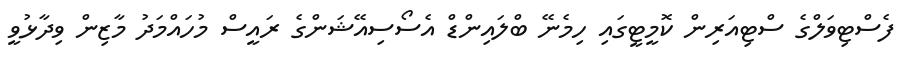
ފެސްޓިވަލްގެ ސްޓިއަރިން ކޮމީޓީގައި ހިމެނޭ ބްލައިންޑް އެސޯސިއޭޝަންގެ ރައީސް މުހައްމަދު މާޒިން ވިދާޅުވީ